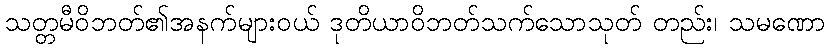
သတ္တမီဝိဘတ်၏အနက်များဝယ် ဒုတိယာဝိဘတ်သက်သောသုတ် တည်း၊ သမဏော